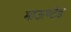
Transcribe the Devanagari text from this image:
माऊण्टेड